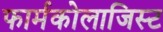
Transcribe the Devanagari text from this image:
फार्मकोलाजिस्ट